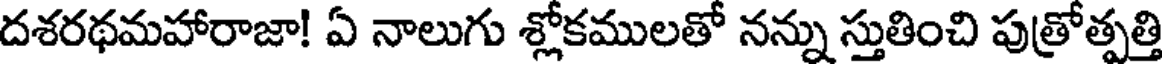
దశరథమహారాజా! ఏ నాలుగు శ్లోకములతో నన్ను స్తుతించి పుత్రోత్పత్తి